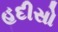
હદીસો